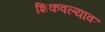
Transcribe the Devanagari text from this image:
शिकवल्यावर